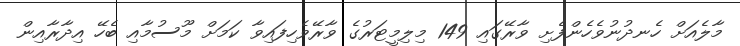
މާލެއަށް ހެނދުނުވެހެންފެށި ވާރޭގައި 149 މިލިމީޓަރުގެ ވާރޭވެހިފައިވާ ކަމަށް މޫސުމާއި ބެހޭ އިދާރާއިން